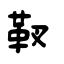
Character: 靫